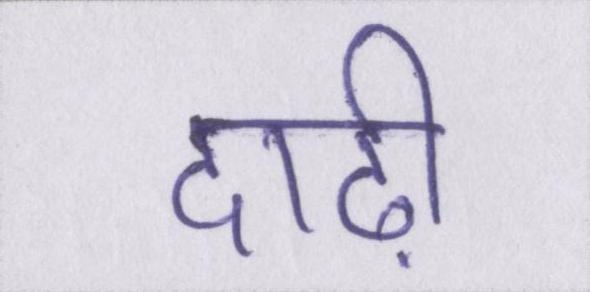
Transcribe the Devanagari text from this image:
दाढ़ी